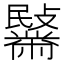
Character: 𪓍